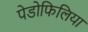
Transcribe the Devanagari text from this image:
पेडोफिलिया